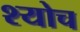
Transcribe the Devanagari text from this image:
श्योच